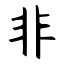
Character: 非